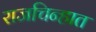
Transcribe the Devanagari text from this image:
राजचिन्हात